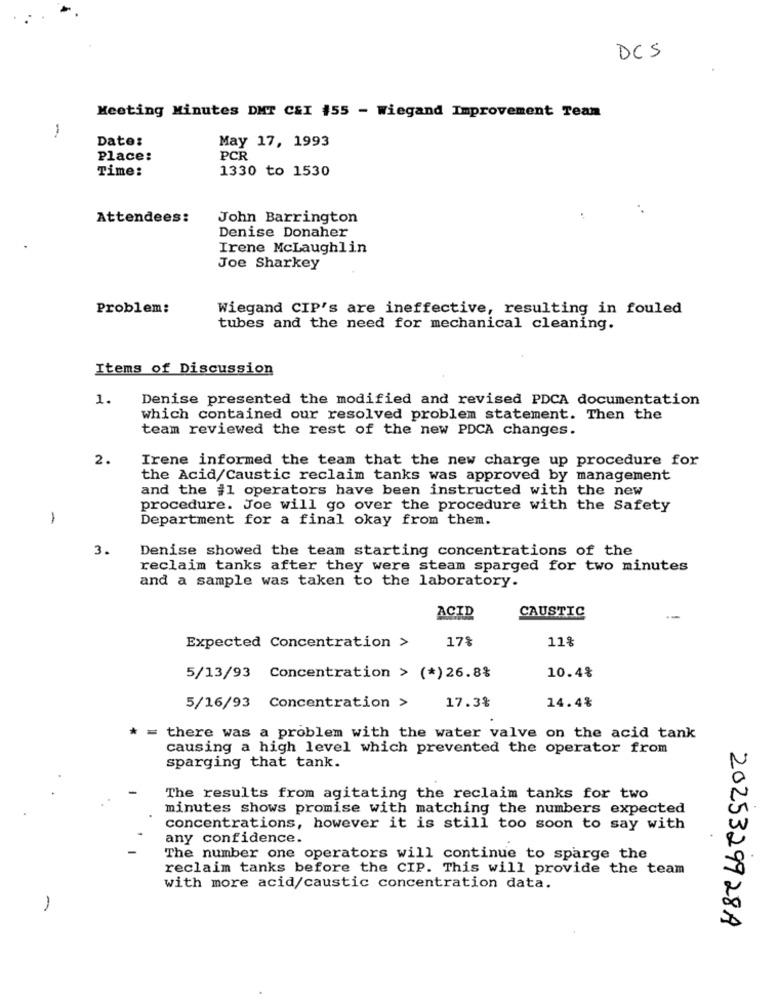
DCS
Meeting Minutes DMT CSI 155 - wiegand Improvement Team
Date:
May 17, 1993
Place:
PCR
Time:
1330 to 1530
Attendees:
John Barrington
Denise Donaher
Irene McLaughlin
Joe Sharkey
Problem:
Wiegand CIP's are ineffective, resulting in fouled
tubes and the need for mechanical cleaning.
Items of Discussion
1.
Denise presented the modified and revised PDCA documentation
which contained our resolved problem statement. Then the
team reviewed the rest of the new PDCA changes.
2.
Irene informed the team that the new charge up procedure for
the Acid/Caustic reclaim tanks was approved by management
and the #1 operators have been instructed with the new
procedure. Joe will go over the procedure with the Safety
1
Department for a final okay from them.
3.
Denise showed the team starting concentrations of the
reclaim tanks after they were steam sparged for two minutes
and a sample was taken to the laboratory.
ACID
CAUSTIC
Expected Concentration >
17%
11%
5/13/93 Concentration > (*) 26.8%
10.4%
14.4%
5/16/93 Concentration >
17.3%
* = there was a problem with the water valve on the acid tank
causing a high level which prevented the operator from
sparging that tank.
The results from agitating the reclaim tanks for two
minutes shows promise with matching the numbers expected
concentrations, however it is still too soon to say with
any confidence.
The number one operators will continue to sparge the
reclaim tanks before the CIP. This will provide the team
with more acid/caustic concentration data.
1
2025329928A